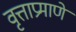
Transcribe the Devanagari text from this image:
वृत्ताप्रमाणे